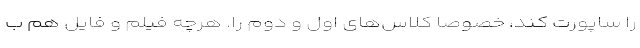
را ساپورت کند، خصوصا کلاس‌های اول و دوم را. هرچه فیلم و فایل هم ب